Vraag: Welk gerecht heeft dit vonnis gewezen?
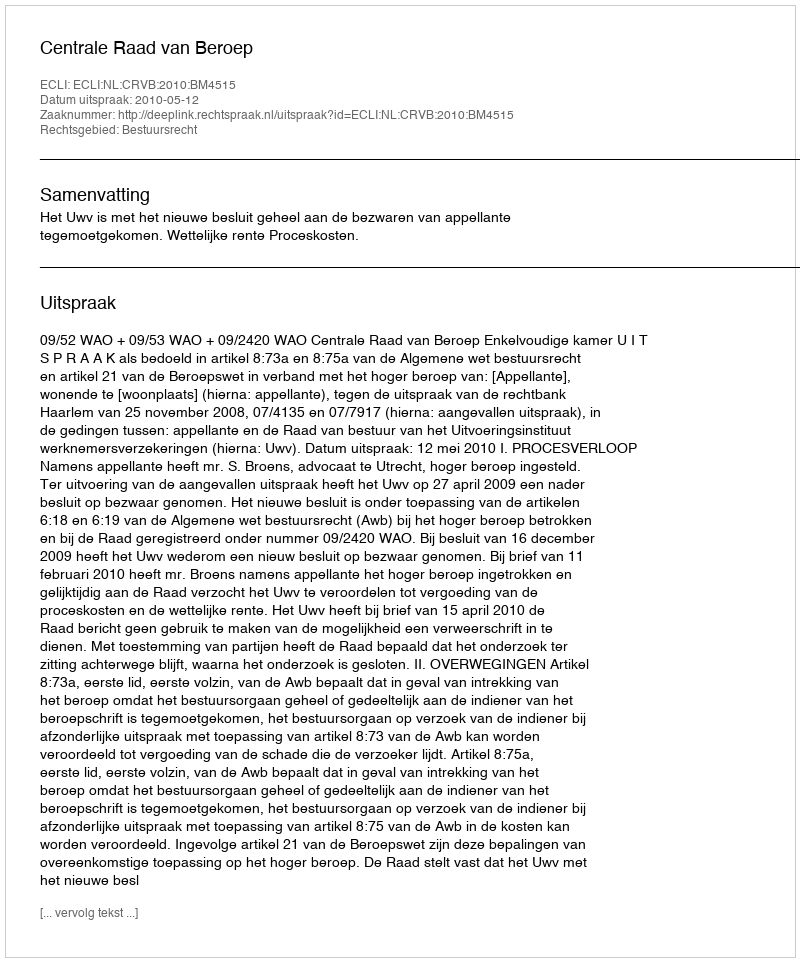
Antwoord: Centrale Raad van Beroep